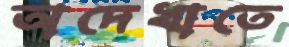
অদেখাতে